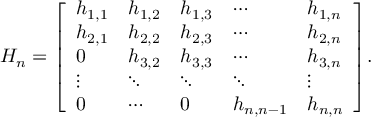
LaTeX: H _ { n } = { \left[ \begin{array} { l l l l l } { h _ { 1 , 1 } } & { h _ { 1 , 2 } } & { h _ { 1 , 3 } } & { \cdots } & { h _ { 1 , n } } \\ { h _ { 2 , 1 } } & { h _ { 2 , 2 } } & { h _ { 2 , 3 } } & { \cdots } & { h _ { 2 , n } } \\ { 0 } & { h _ { 3 , 2 } } & { h _ { 3 , 3 } } & { \cdots } & { h _ { 3 , n } } \\ { \vdots } & { \ddots } & { \ddots } & { \ddots } & { \vdots } \\ { 0 } & { \cdots } & { 0 } & { h _ { n , n - 1 } } & { h _ { n , n } } \end{array} \right] } .